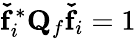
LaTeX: \mathbf{\check{f}}_{i}^{*}\mathbf{Q}_{f}\mathbf{\check{f}}_{i}=1